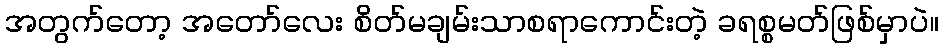
အတွက်တော့ အတော်လေး စိတ်မချမ်းသာစရာကောင်းတဲ့ ခရစ္စမတ်ဖြစ်မှာပဲ။